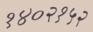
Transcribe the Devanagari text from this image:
१४०२१५२